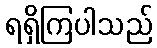
ရရှိကြပါသည်